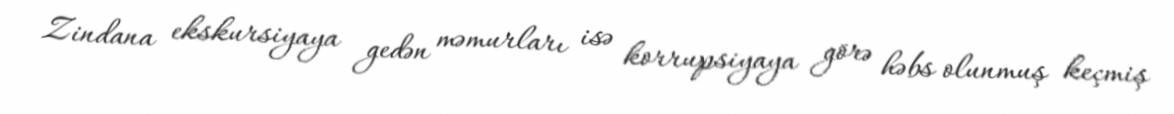
Zindana ekskursiyaya gedən məmurları isə korrupsiyaya görə həbs olunmuş keçmiş